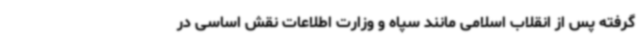
گرفته پس از انقلاب اسلامی مانند سپاه و وزارت اطلاعات نقش اساسی در